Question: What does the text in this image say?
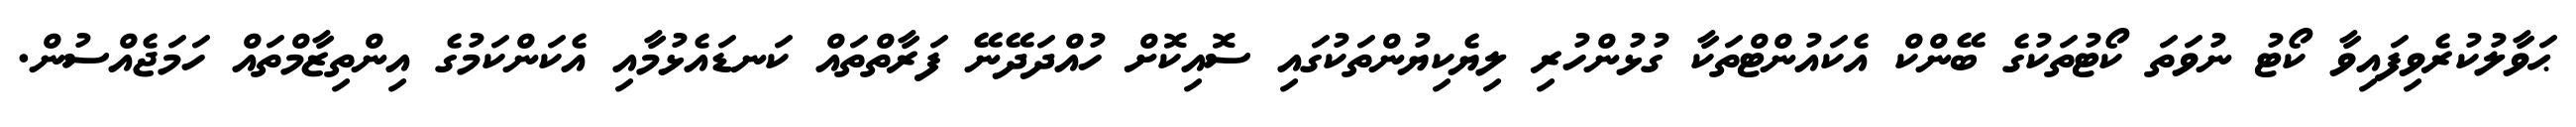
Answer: ޙަވާލުކުރެވިފައިވާ ކޯޓު ނުވަތަ ކޯޓުތަކުގެ ބޭންކް އެކައުންޓްތަކާ ގުޅުންހުރި ލިޔެކިޔުންތަކުގައި ސޮއިކޮށް ހުއްދަދޭނޭ ފަރާތްތައް ކަނޑައެޅުމާއި އެކަންކަމުގެ އިންތިޒާމްތައް ހަމަޖެއްސުން.